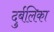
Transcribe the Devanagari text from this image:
दुर्बलिका